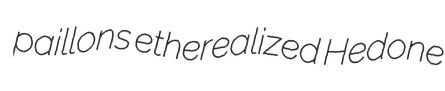
paillons etherealized Hedone